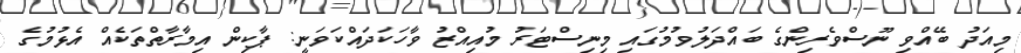
މިއަދު ބޭއްވި ނޫސްވެރިންގެ ބައްދަލުވުމުގައި މިނިސްޓަރު މުއިއްޒު ވާހަކަދައްކަވަނީ: ޕާކިން އިމާރާތްތަކެއް އެޅުމުގެ